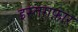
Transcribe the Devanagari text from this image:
इस्तग़फ़ार